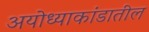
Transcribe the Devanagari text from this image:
अयोध्याकांडातील